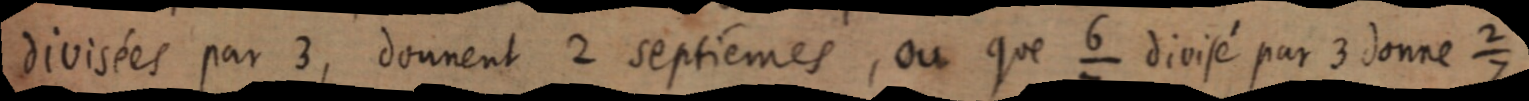
divisées par 3, donnent 2 septièmes, ou que ⁶⁄₇ divisé par 3 donne ²⁄₇